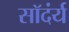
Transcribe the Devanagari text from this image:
सॉदंर्य